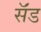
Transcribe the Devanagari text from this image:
सॅंड